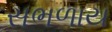
સભળાય